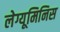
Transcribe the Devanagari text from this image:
लेग्यूमिनिस